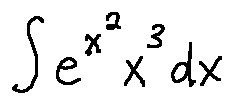
\int e ^ { x ^ { 2 } } x ^ { 3 } d x